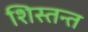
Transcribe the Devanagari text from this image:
शिस्तन्त